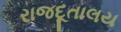
રાજદૂતાલય